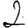
Digit: 2